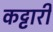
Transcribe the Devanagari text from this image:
कट्टारी